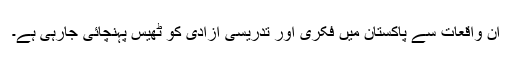
ان واقعات سے پاکستان میں فکری اور تدریسی آزادی کو ٹھیس پہنچائی جارہی ہے۔